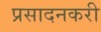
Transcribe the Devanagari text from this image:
प्रसादनकरी